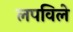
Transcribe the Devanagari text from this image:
लपविले